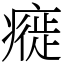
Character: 㿅